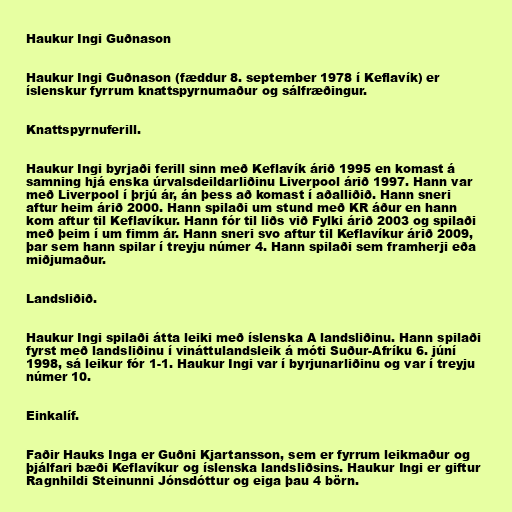
Haukur Ingi Guðnason

Haukur Ingi Guðnason (fæddur 8. september 1978 í Keflavík) er
íslenskur fyrrum knattspyrnumaður og sálfræðingur.

Knattspyrnuferill.

Haukur Ingi byrjaði ferill sinn með Keflavík árið 1995 en komast á
samning hjá enska úrvalsdeildarliðinu Liverpool árið 1997. Hann var
með Liverpool í þrjú ár, án þess að komast í aðalliðið. Hann sneri
aftur heim árið 2000. Hann spilaði um stund með KR áður en hann
kom aftur til Keflavíkur. Hann fór til liðs við Fylki árið 2003 og spilaði
með þeim í um fimm ár. Hann sneri svo aftur til Keflavíkur árið 2009,
þar sem hann spilar í treyju númer 4. Hann spilaði sem framherji eða
miðjumaður.

Landsliðið.

Haukur Ingi spilaði átta leiki með íslenska A landsliðinu. Hann spilaði
fyrst með landsliðinu í vináttulandsleik á móti Suður-Afríku 6. júní
1998, sá leikur fór 1-1. Haukur Ingi var í byrjunarliðinu og var í treyju
númer 10.

Einkalíf.

Faðir Hauks Inga er Guðni Kjartansson, sem er fyrrum leikmaður og
þjálfari bæði Keflavíkur og íslenska landsliðsins. Haukur Ingi er giftur
Ragnhildi Steinunni Jónsdóttur og eiga þau 4 börn.